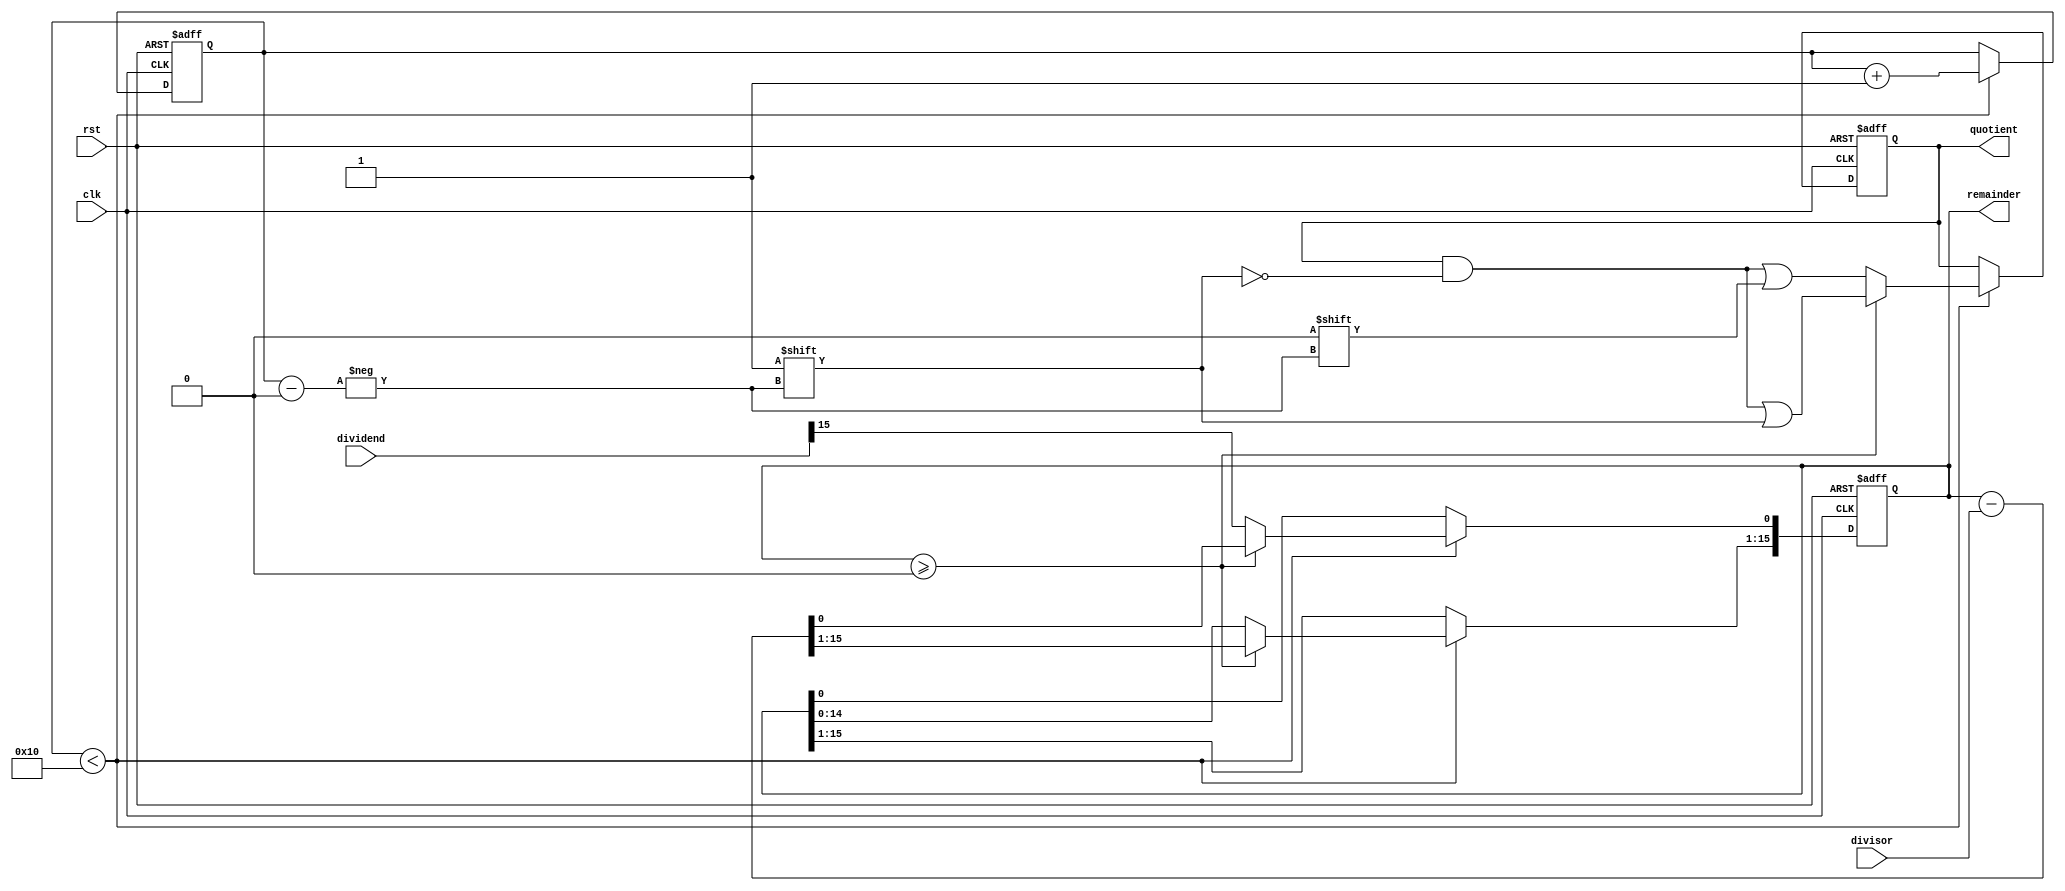
module slow_division (
  input clk,
  input rst,
  input signed [15:0] dividend,
  input signed [15:0] divisor,
  output signed [15:0] quotient,
  output signed [15:0] remainder
);

  reg signed [15:0] quotient_reg;
  reg signed [15:0] remainder_reg;
  reg [3:0] count;

  always @(posedge clk or posedge rst) begin
    if (rst) begin
      quotient_reg <= 0;
      remainder_reg <= 0;
      count <= 0;
    end else begin
      if (count < 16) begin
        remainder_reg <= remainder_reg << 1;
        remainder_reg[0] <= dividend[15];
        if (remainder_reg >= 0) begin
          remainder_reg <= remainder_reg - divisor;
          quotient_reg[count] <= 1;
        end else begin
          quotient_reg[count] <= 0;
        end
        count <= count + 1;
      end
    end
  end

  assign quotient = quotient_reg;
  assign remainder = remainder_reg;

endmodule